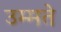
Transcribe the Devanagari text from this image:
उम्मते